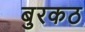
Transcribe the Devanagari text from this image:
बुरकठ